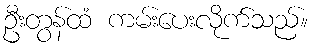
ဦးတွန်ထံ ကမ်းပေးလိုက်သည်။